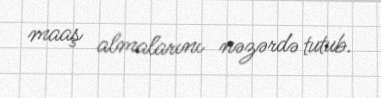
maaş almalarını nəzərdə tutub.